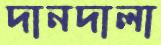
দানদালা